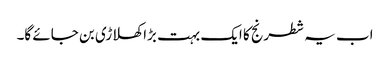
اب یہ شطرنج کا ایک بہت بڑا کھلاڑی بن جائے گا۔